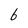
Character: b